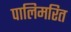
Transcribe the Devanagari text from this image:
पालिमरित